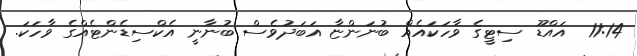
11:14  އައްޑޫ ސިޓީގެ ވާހަކައެއް ބުނަންޏާ އަބަދުވެސް ބުނާނީ އެކްސިޑެންޓެއްގެ ވާހަަކަ.